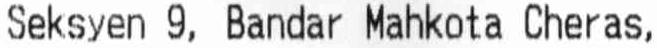
SEKSYEN 9, BANDAR MAHKOTA CHERAS,